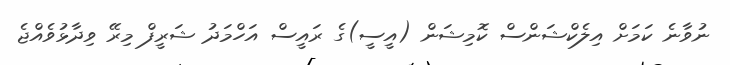
ނުވާނެ ކަމަށް އިލެކްޝަންސް ކޮމިޝަން (އީސީ)ގެ ރައީސް އަހްމަދު ޝަރީފް މިރޭ ވިދާޅުވެއްޖެ